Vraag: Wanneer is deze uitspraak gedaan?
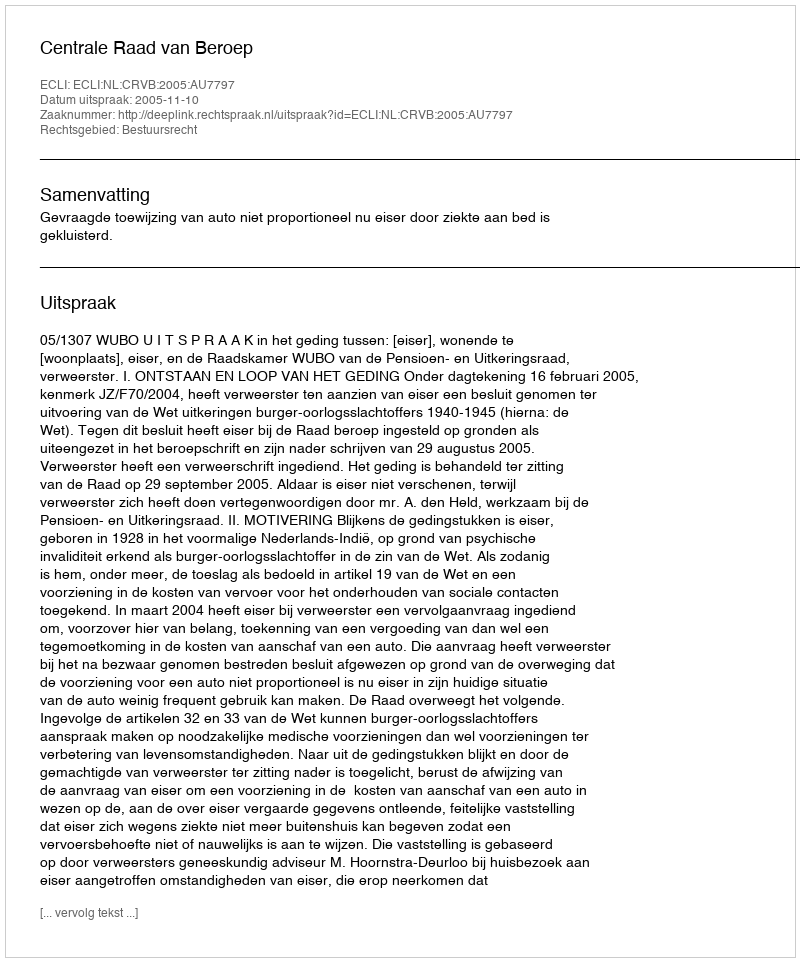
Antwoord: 2005-11-10